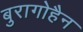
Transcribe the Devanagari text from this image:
बुरागोहैन